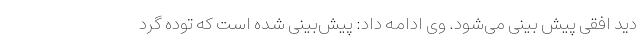
دید افقی پیش بینی می‌شود. وی ادامه داد: پیش‌بینی شده است که توده گرد